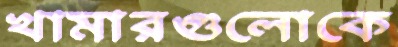
খামারগুলোকে